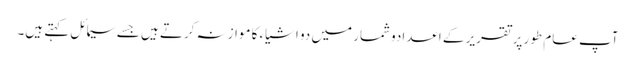
آپ عام طور پر تقریر کے اعدادوشمار میں دو اشیاء کا موازنہ کرتے ہیں جسے سیمائل کہتے ہیں۔